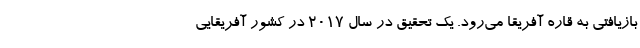
بازیافتی به قاره آفریقا می‌رود. یک تحقیق در سال 2017 در کشور آفریقایی